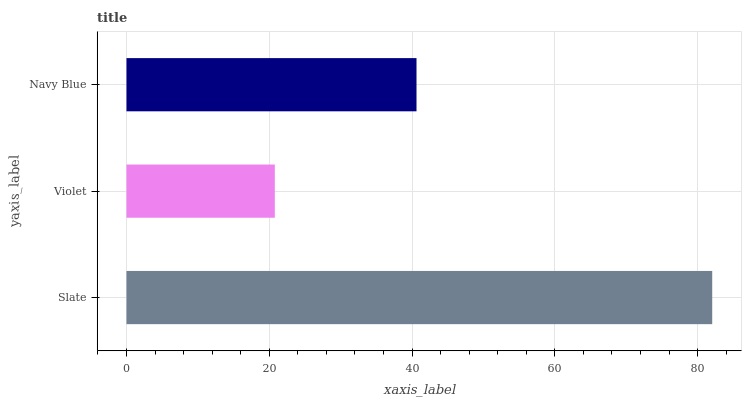
| yaxis_label | bars |
 | --- | --- |
 | Slate | 82 |
 | Violet | 20.8 |
 | Navy Blue | 40.6 |